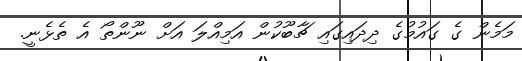
މަމެން ގެ ގައުމުގެ ދިދައިގައި ޗާބޫކުން އަމިއްލަ އަށް ނޫންތޯ އެ ތެޅެނީ.